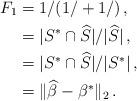
LaTeX: \begin{align*}F_1 &= 1/(1/ + 1/) \,, \\ &= |S^* \cap \widehat{S}|/ |\widehat{S}| \,, \\ &= |S^* \cap \widehat{S}|/ |S^*| \,, \\ &= \| \widehat{\beta} - \beta^* \|_2 \,. \end{align*}